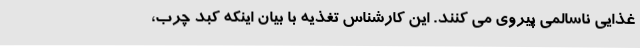
غذایی ناسالمی پیروی می کنند. این کارشناس تغذیه با بیان اینکه کبد چرب،